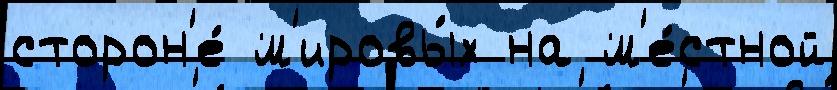
сторон'е́ м'ировы́х на м'е́стной